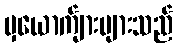
မှယောက်ျားများသည်